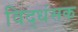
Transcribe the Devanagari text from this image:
विद्धंसक